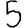
Digit: 5